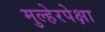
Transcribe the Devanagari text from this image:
मुल्हेरपेक्षा